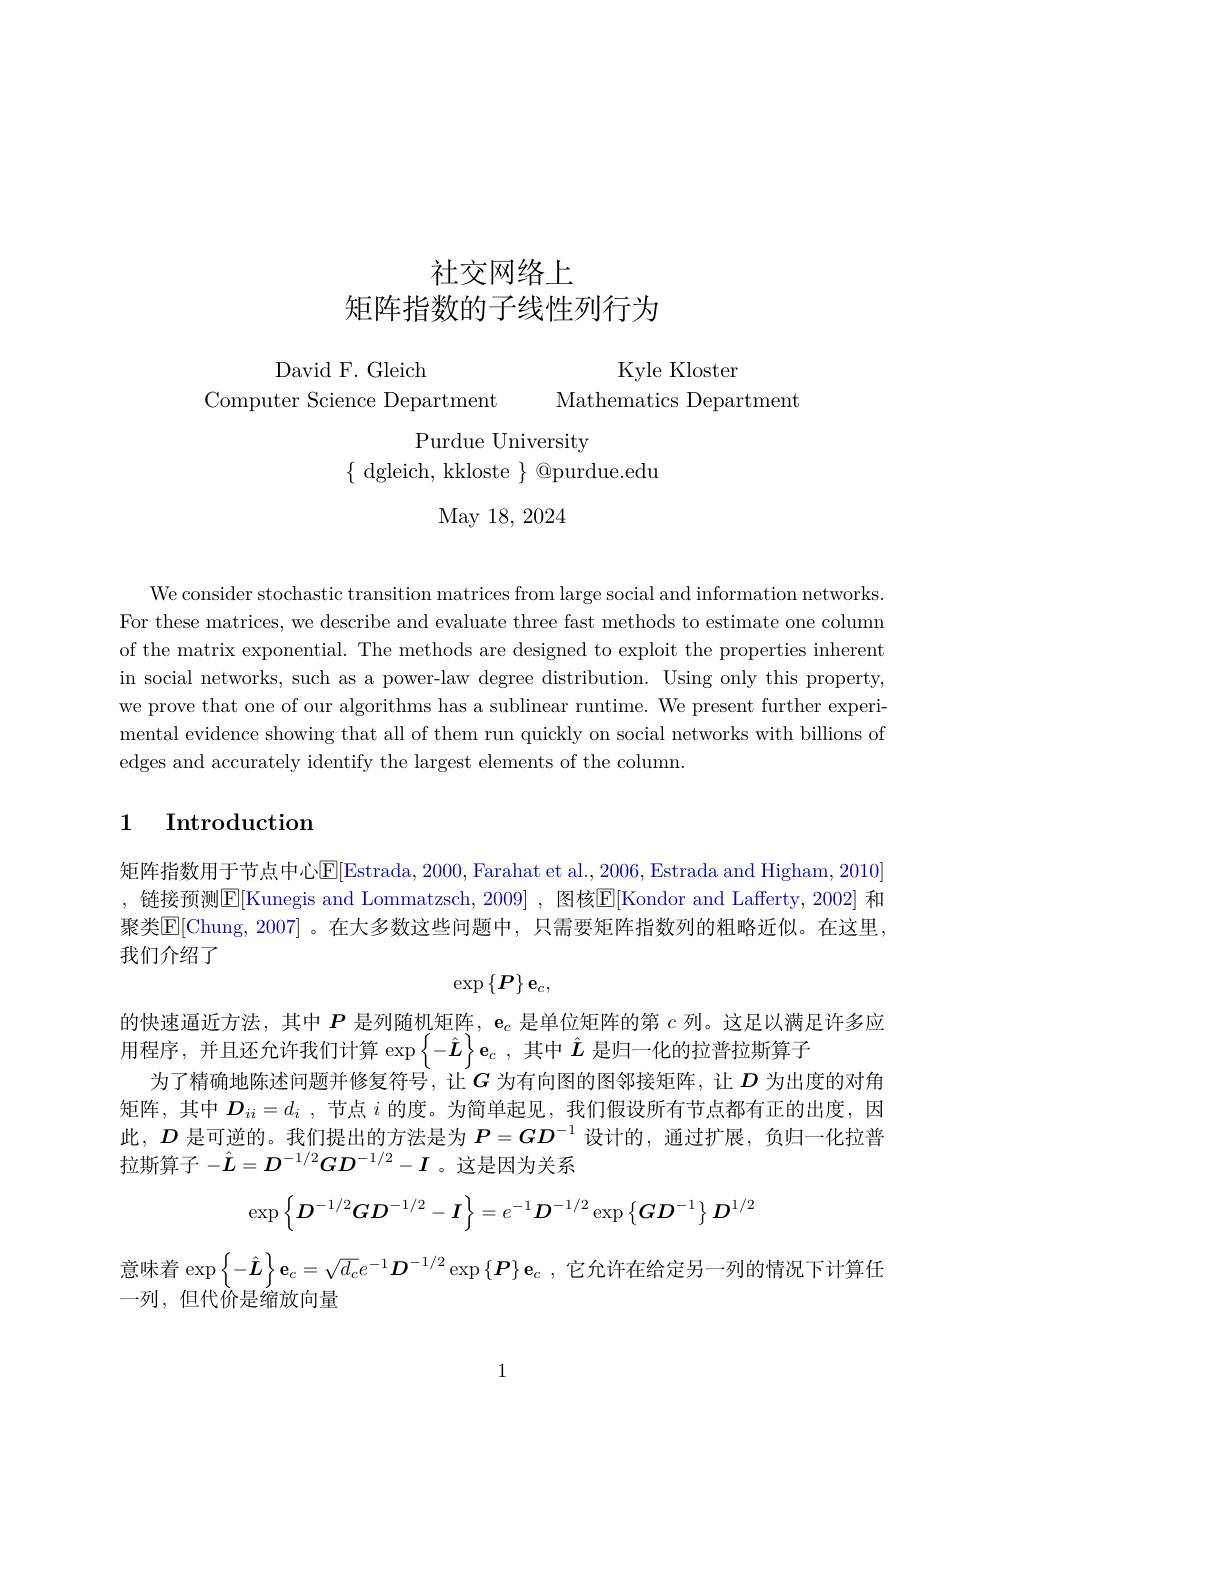
# 社交网络上矩阵指数的子线性列行为

David F. Gleich
Kyle Kloster
Computer Science Department Mathematics Department

Purdue University

$\{{\mathrm{~dgleich,~kkloste~}}\}{\mathrm{~@purdue.edu}}$

May 18, 2024

We consider stochastic transition matrices from large social and information networks. For these matrices, we describe and evaluate three fast methods to estimate one column of the matrix exponential. The methods are designed to exploit the properties inherent in social networks, such as a power-law degree distribution. Using only this property, we prove that one of our algorithms has a sublinear runtime. We present further experimental evidence showing that all of them run quickly on social networks with billions of edges and accurately identify the largest elements of the column.

## 1 Introduction

矩阵指数用于节点中心$\mathbb{E}[$Estrada, 2000, Farahat et al., 2006, Estrada and Higham, 2010] ,链接预测$\mathbb{E}[$Kunegis and Lommatzsch, 2009] , 图核$\mathbb{E}[$Kondor and Lafferty, 2002] 和聚类E[Chung,2007]~。在大多数这些问题中，只需要矩阵指数列的粗略近似。在这里， 我们介绍了
$$\exp\left\{P\right\}\mathbf{e}_{c},$$
的快速逼近方法，其中$\boldsymbol{P}$是列随机矩阵，$\mathbf{e}_c$是单位矩阵的第$c$列。这足以满足许多应
${\text{用 程 序 , 并 且 还 允 许 我 们 计 算 }}\exp \left \{ - \hat{\boldsymbol{L}} \right \} \mathbf{e} _{c}$ ,其中$\hat{\boldsymbol{L}}$是归一化的拉普拉斯算子
为了精确地陈述问题并修复符号，让$G$为有向图的图邻接矩阵，让$D$为出度的对角矩阵，其中$D_{ii}=d_i$ ,节点$i$的度。为简单起见，我们假设所有节点都有正的出度，因此，$D$是可逆的。我们提出的方法是为$P=GD^{-1}$设计的，通过扩展，负归一化拉普拉斯算子$-\hat{L}=D^{-1/2}GD^{-1/2}-I$ 。这是因为关系
$$\exp\left\{D^{-1/2}GD^{-1/2}-I\right\}=e^{-1}D^{-1/2}\exp\left\{GD^{-1}\right\}D^{1/2}$$
意味着$\exp\left\{-\hat{L}\right\}\mathbf{e}_c=\sqrt{d_c}e^{-1}\boldsymbol{D}^{-1/2}\exp\left\{\boldsymbol{P}\right\}\mathbf{e}_c$,它允许在给定另一列的情况下计算任
一列，但代价是缩放向量

1